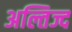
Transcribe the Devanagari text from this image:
अल्तिज्द